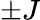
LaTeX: \pm J